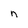
Character: n